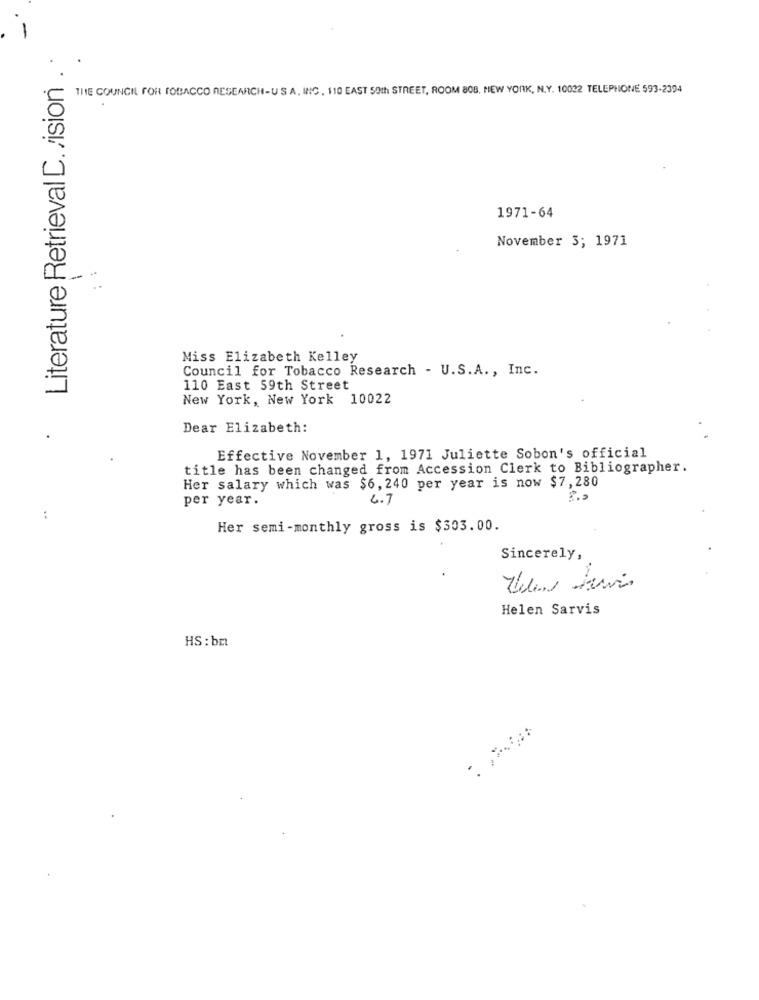
-
Literature Retrieval D. /ision . .
THE COUNCIL FOR TOBACCO RESEARCH-USA, ING , 110 EAST 50th STREET, ROOM 808, NEW YORK, N.Y. 10022 TELEPHONE 593-2394
.
1971-64
November 3; 1971
- **
Miss Elizabeth Kelley
Council for Tobacco Research - U.S.A ., Inc.
110 East 59th Street
New York, New York 10022
Dear Elizabeth:
Effective November 1, 1971 Juliette Sobon's official
title has been changed from Accession Clerk to Bibliographer.
Her salary which was $6, 240 per year is now $7,280
per year.
4.7
:
Her semi-monthly gross is $303.00.
Sincerely,
Helen Sarvis
HS: bm